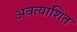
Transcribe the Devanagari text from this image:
अबत्याशित